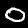
Digit: 0